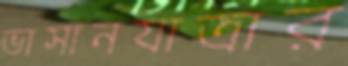
ভাসানযাত্রার